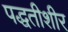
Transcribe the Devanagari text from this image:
पद्धतीशीर